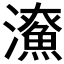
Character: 𤃖